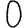
Digit: 0